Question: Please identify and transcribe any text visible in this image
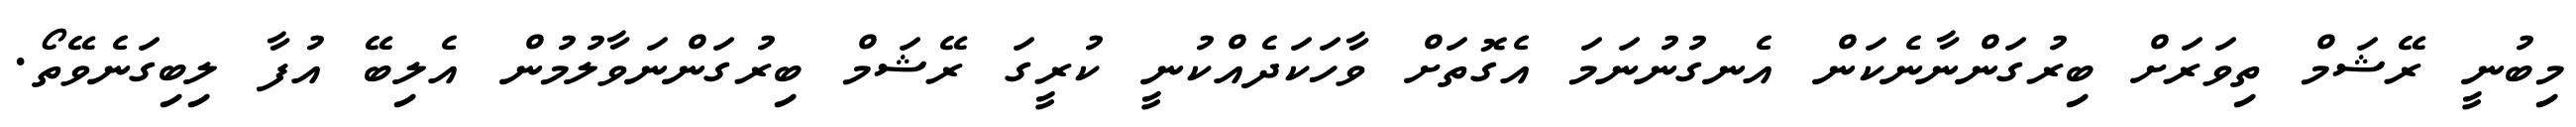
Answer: މިބުނީ ރޭޝަމް ތިވަރަށް ބިރުގަންނާނެކަން އެނގުނުނަމަ އެގޮތަށް ވާހަކަދެއްކުނީ ކުރީގަ ރޭޝަމް ބިރުގަންނަވާލުމުން އެލިބޭ އުފާ ލިބިގަނެވޭތޯ.